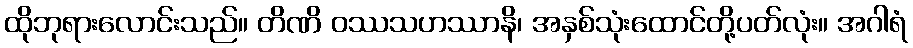
ထိုဘုရားလောင်းသည်။ တိဏိ ဝဿသဟဿာနိ၊ အနှစ်သုံးထောင်တို့ပတ်လုံး။ အဂါရံ